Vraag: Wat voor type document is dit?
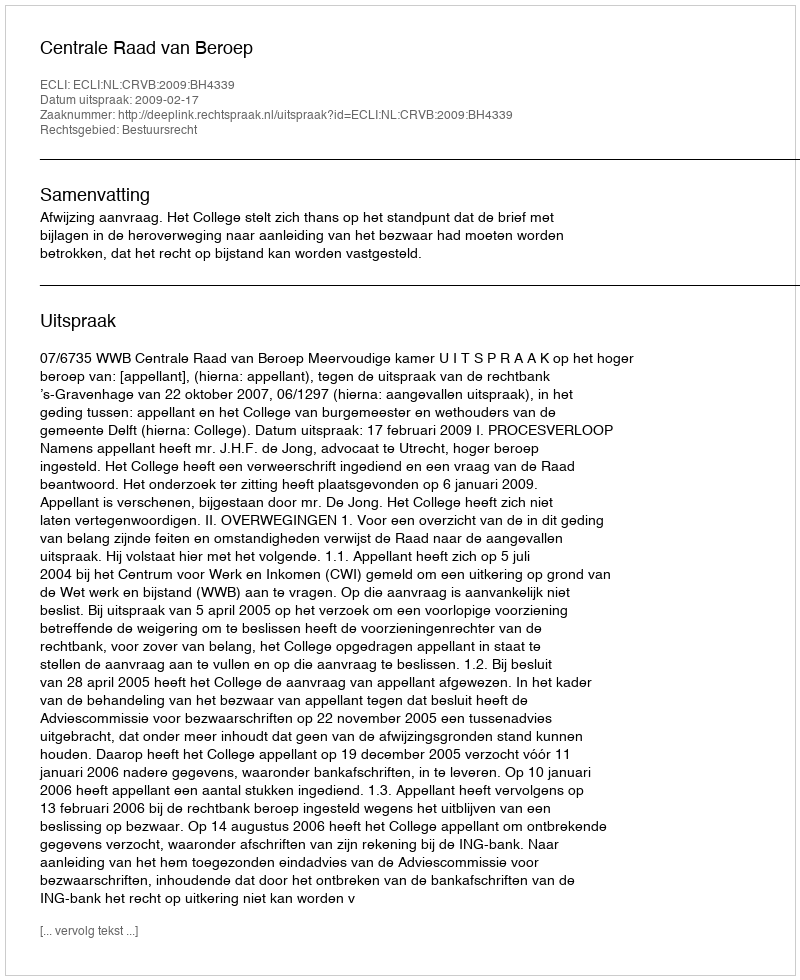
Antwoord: Uitspraak